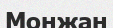
Монжан